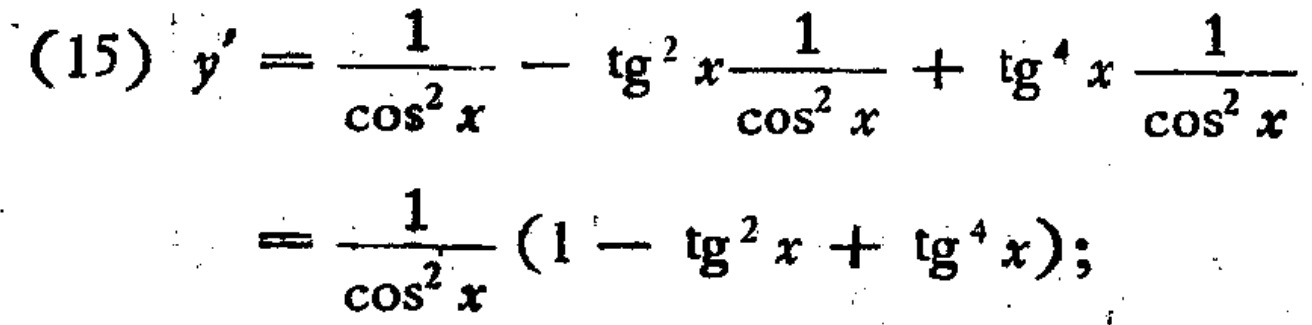
\[
\begin{align*}
(15)\ y'&=\frac{1}{\cos^{2}x}-\tg^{2}x\frac{1}{\cos^{2}x}+\tg^{4}x\frac{1}{\cos^{2}x}\\
&=\frac{1}{\cos^{2}x}(1 - \tg^{2}x+\tg^{4}x);
\end{align*}
\]